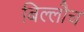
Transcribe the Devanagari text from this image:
बिल्लौच